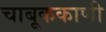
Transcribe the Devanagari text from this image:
चाबूककाणी